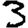
Digit: 3